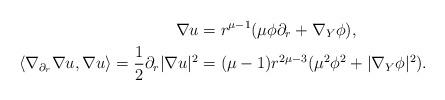
LaTeX: \begin{align*}\nabla u &= r^{\mu-1}(\mu \phi \partial_r + \nabla_Y \phi),\\\langle \nabla_{\partial_r}\nabla u, \nabla u\rangle = \frac{1}{2}\partial_r|\nabla u|^2 &= (\mu - 1)r^{2\mu-3}(\mu^2 \phi^2 + |\nabla_Y \phi|^2).\end{align*}